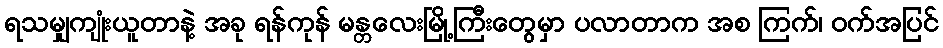
ရသမျှကျုံးယူတာနဲ့ အခု ရန်ကုန် မန္တလေးမြို့ကြီးတွေမှာ ပလာတာက အစ ကြက်၊ ဝက်အပြင်